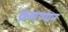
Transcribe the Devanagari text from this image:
क्रमण्यन